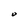
Character: 0